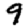
Digit: 9